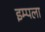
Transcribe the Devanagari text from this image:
इम्पला